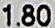
1.80